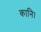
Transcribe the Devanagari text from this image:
कानि।